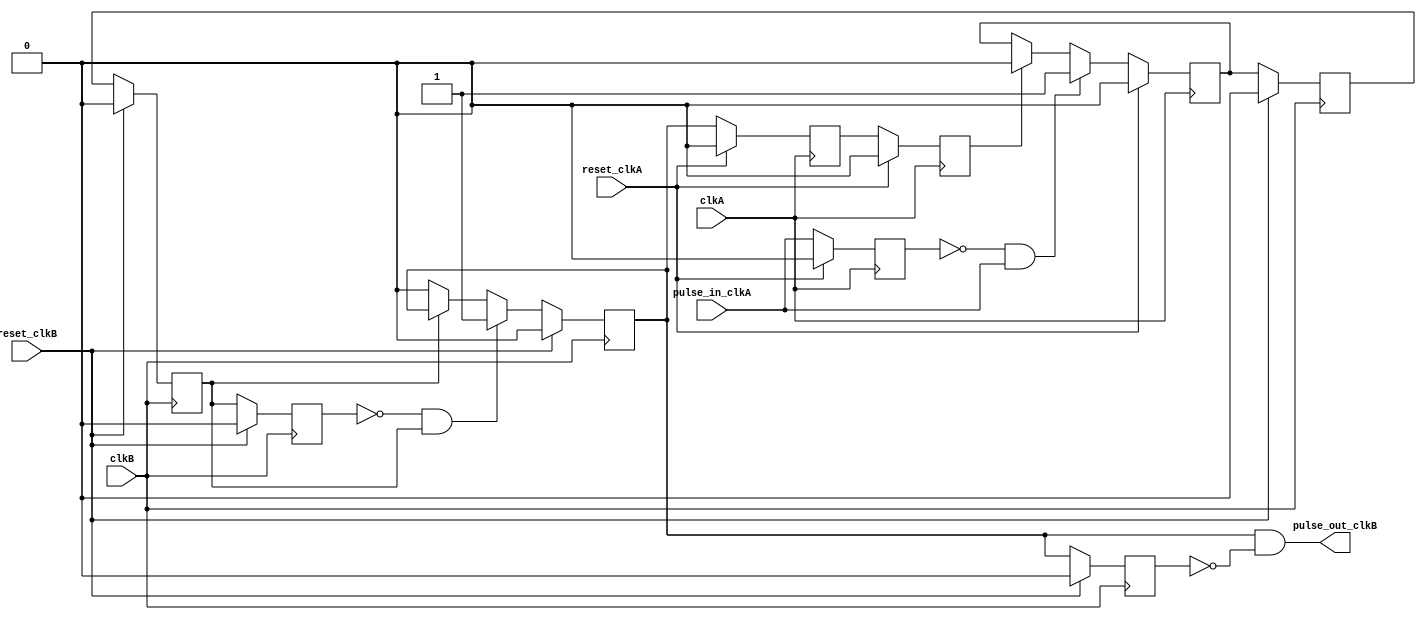
module pulse_synchronizer
    ( input pulse_in_clkA,
      input clkA,
      output pulse_out_clkB,
      input clkB,
      input reset_clkA,
      input reset_clkB
      );

   reg 	    ackA;
   reg 	    ackB;

   reg 	    ackA_synch;
   reg 	    ackA_clkB;
   reg 	    ackB_synch;
   reg 	    ackB_clkA;

   reg 	    pulse_in_clkA_d1;
   reg 	    ackA_clkB_d1;
   reg 	    ackB_d1;

   /* detect rising edges in clkA domain, set the ackA signal
    * until the pulse is acked from the other domain */
   always @(posedge clkA) begin
      if(reset_clkA) begin
	 ackA <= 0;
      end
      else if(!pulse_in_clkA_d1 & pulse_in_clkA) begin
	 ackA <= 1;
      end
      else if(ackB_clkA) begin
	 ackA <= 0;
      end
   end // always @ (posedge clkA)

   /* detect the rising edge of ackA and set ackB until ackA falls */
   always @(posedge clkB) begin
      if(reset_clkB) begin
	 ackB <= 0;
      end
      else if(!ackA_clkB_d1 & ackA_clkB) begin
	 ackB <= 1;
      end
      else if(!ackA_clkB) begin
	 ackB <= 0;
      end
   end // always @ (posedge clkB)

   /* detect rising edge of ackB and send pulse */
   assign pulse_out_clkB = ackB & !ackB_d1;

   /* synchronize the ack signals */
   always @(posedge clkA) begin
      if(reset_clkA) begin
	 pulse_in_clkA_d1 <= 0;
	 ackB_synch <= 0;
	 ackB_clkA <= 0;
      end
      else begin
	 pulse_in_clkA_d1 <= pulse_in_clkA;
	 ackB_synch <= ackB;
	 ackB_clkA <= ackB_synch;
      end
   end

   /* synchronize the ack signals */
   always @(posedge clkB) begin
      if(reset_clkB) begin
	 ackB_d1 <= 0;
	 ackA_synch <= 0;
	 ackA_clkB <= 0;
	 ackA_clkB_d1 <= 0;
      end
      else begin
	 ackB_d1 <= ackB;
	 ackA_synch <= ackA;
	 ackA_clkB <= ackA_synch;
	 ackA_clkB_d1 <= ackA_clkB;
      end
   end

endmodule